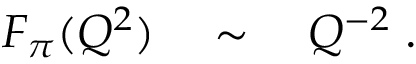
F _ { \pi } ( Q ^ { 2 } ) \quad \sim \quad Q ^ { - 2 } \; .